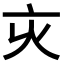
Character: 𠅆